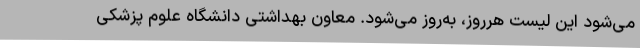
می‌شود این لیست هرروز، به‌روز می‌شود. معاون بهداشتی دانشگاه علوم پزشکی